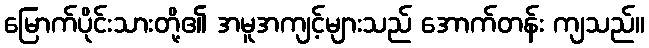
မြောက်ပိုင်းသားတို့၏ အမူအကျင့်များသည် အောက်တန်း ကျသည်။